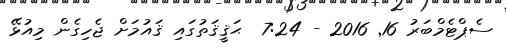
ސެޕްޓެމްބަރު 16